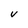
Character: V